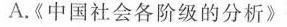
A.《中国社会各阶级的分析》